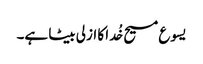
یسوع مسیح خُدا کا ازلی بیٹا ہے۔